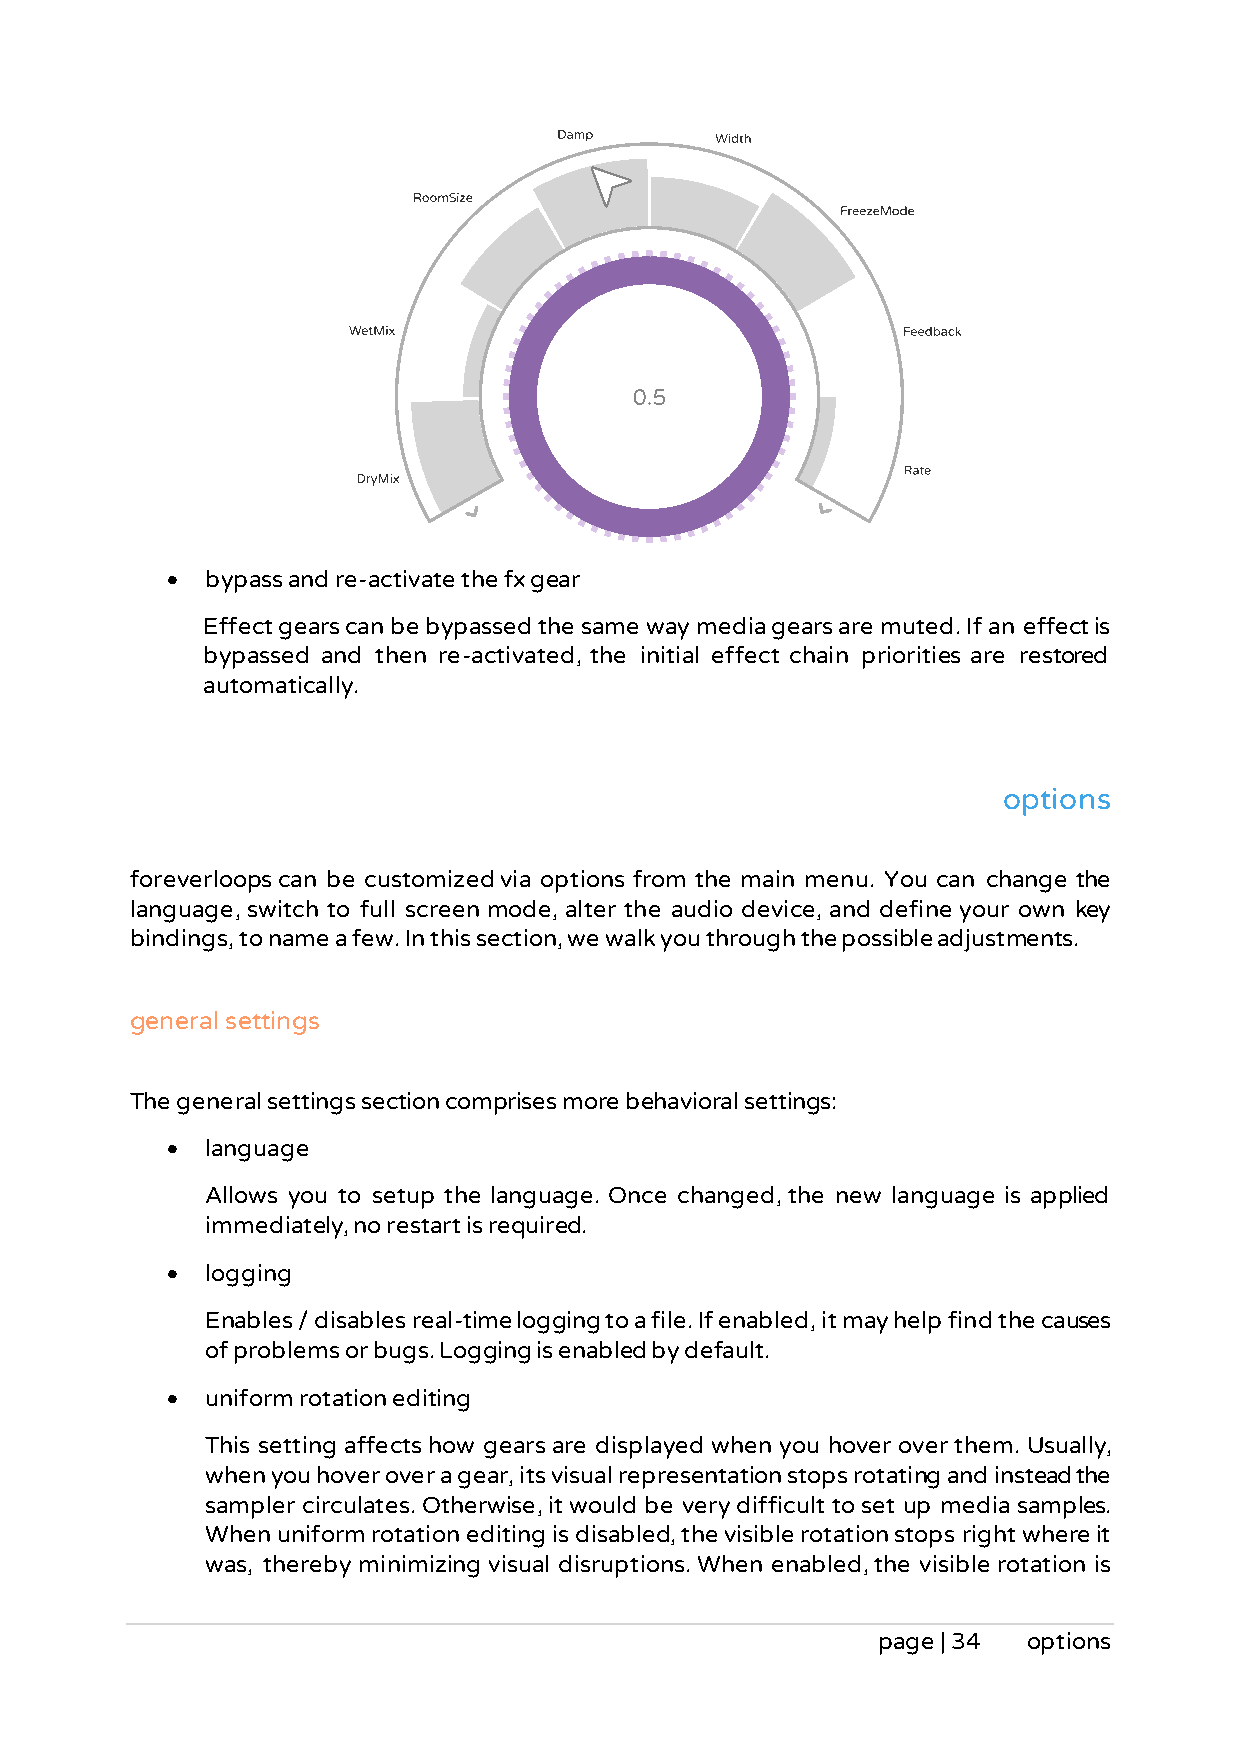
•  bypass and re-activate the fx gear
 Effect gears can be bypassed the same way media gears are muted. If an effect is
 bypassed and then re-activated, the initial effect chain priorities are restored
 automatically.
 options
 foreverloops can be customized via options from the main menu. You can change the
 language, switch to full screen mode, alter the audio device, and define your own key
 bindings, to name a few. In this section, we walk you through the possible adjustments.
 general settings
 The general settings section comprises more behavioral settings:
 •  language
 Allows you to setup the language. Once changed, the new language is applied
 immediately, no restart is required.
 •  logging
 Enables / disables real-time logging to a file. If enabled, it may help find the causes
 of problems or bugs. Logging is enabled by default.
 •  uniform rotation editing
 This setting affects how gears are displayed when you hover over them. Usually,
 when you hover over a gear, its visual representation stops rotating and instead the
 sampler circulates. Otherwise, it would be very difficult to set up media samples.
 When uniform rotation editing is disabled, the visible rotation stops right where it
 was, thereby minimizing visual disruptions. When enabled, the visible rotation is
 page | 34 options